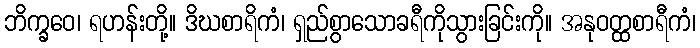
ဘိက္ခဝေ၊ ရဟန်းတို့။ ဒိဃစာရိကံ၊ ရှည်စွာသောခရီကိုသွားခြင်းကို။ အနုဝတ္ထစာရီကံ၊